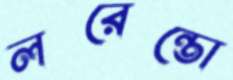
লরেন্তো